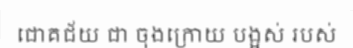
ជោគជ័យ ជា ចុងក្រោយ បង្អស់ របស់